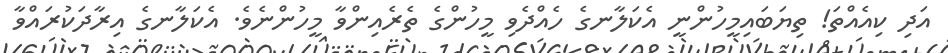
އަދި ކިއެއްތަ! ތިޔަބައިމީހުންނީ އެކަލާނގެ ހެއްދެވި މީހުންގެ ތެރެއިންވާ މީހުންނެވެ. އެކަލާނގެ އިރާދަކުރައްވާ